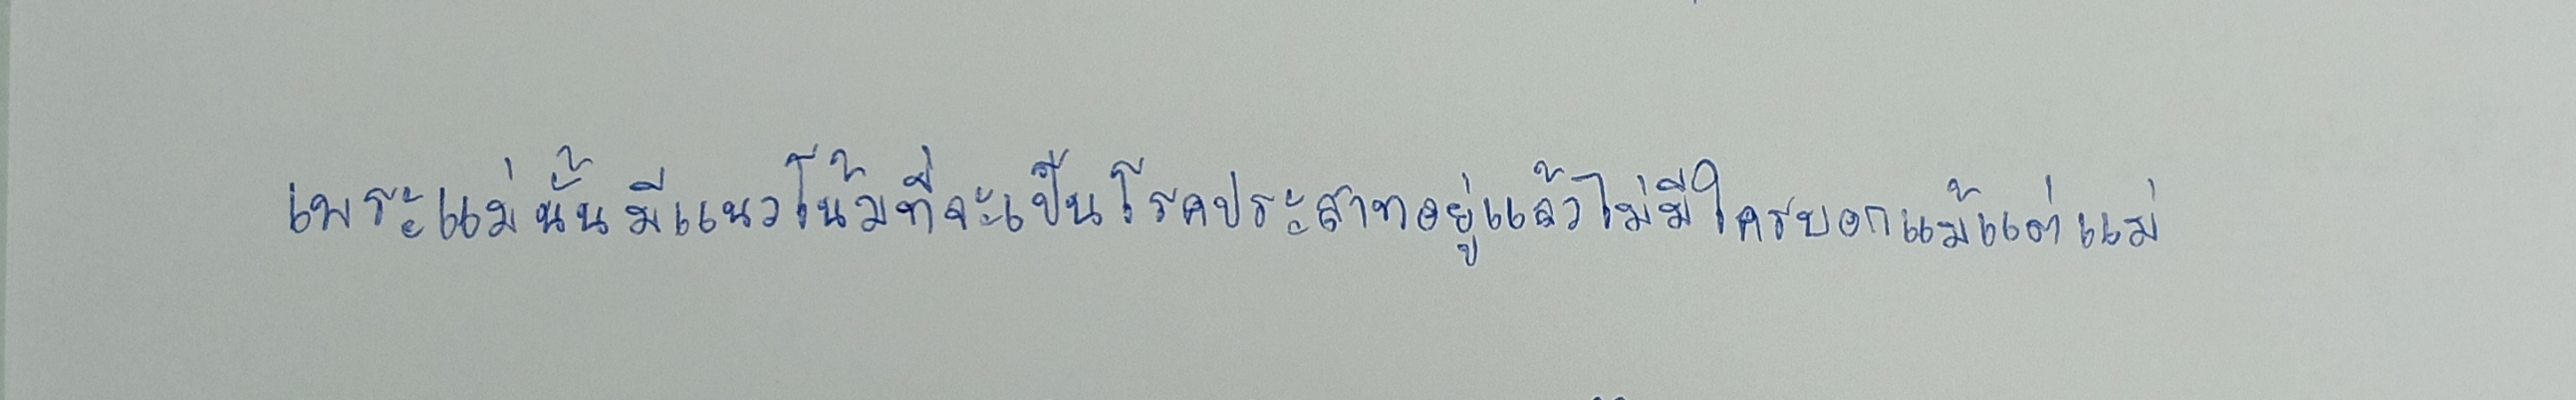
เพราะแม่นั้นมีแนวโน้มที่จะเป็นโรคประสาทอยู่แล้วไม่มีใครบอกแม้แต่แม่